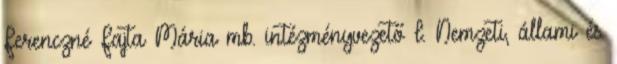
Ferenczné Fajta Mária mb. intézményvezető I. Nemzeti, állami és